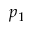
p _ { 1 }